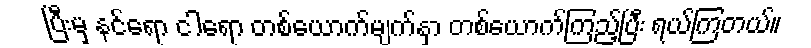
ပြီးမှ နင်ရော ငါရော တစ်ယောက်မျက်နှာ တစ်ယောက်ကြည့်ပြီး ရယ်ကြတယ်။